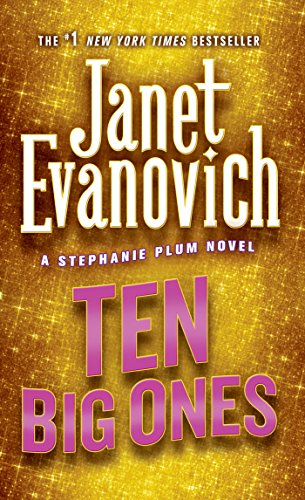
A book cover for Ten Big Ones (Stephanie Plum, No. 10) (Stephanie Plum Novels); Janet Evanovich; Romance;